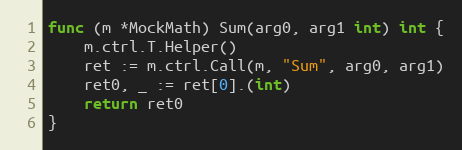
Language: Go
func (m *MockMath) Sum(arg0, arg1 int) int {
	m.ctrl.T.Helper()
	ret := m.ctrl.Call(m, "Sum", arg0, arg1)
	ret0, _ := ret[0].(int)
	return ret0
}